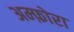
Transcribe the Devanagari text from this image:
अम्फ़ोरा